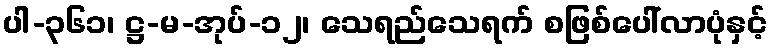
ပါ-၃၆၁၊ ဋ္ဌ-မ-အုပ်-၁၂၊ သေရည်သေရက် စဖြစ်ပေါ်လာပုံနှင့်